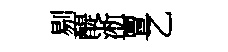
剔醍淅亶乙